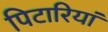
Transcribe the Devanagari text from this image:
पिटारियां